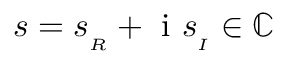
s = s _ { _ R } + \mathrm { ~ i ~ } s _ { _ I } \in \mathbb { C }